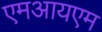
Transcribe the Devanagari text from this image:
एमआयएम